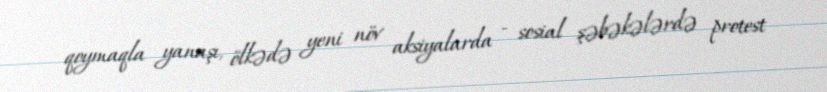
qoymaqla yanaşı, ölkədə yeni növ aksiyalarda - sosial şəbəkələrdə protest